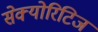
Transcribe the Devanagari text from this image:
सेक्योरिटिज